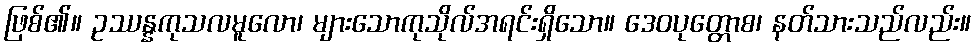
ဖြစ်၏။ ဥဿန္နကုသလမူလော၊ များသောကုသိုလ်အရင်းရှိသော။ ဒေဝပုတ္တောစ၊ နတ်သားသည်လည်း။